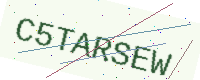
Text: C5TARSEW